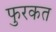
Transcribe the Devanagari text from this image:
फुरकत